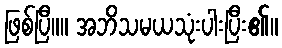
ဖြစ်ပြီ။။ အဘိသမယသုံးပါးပြီး၏။